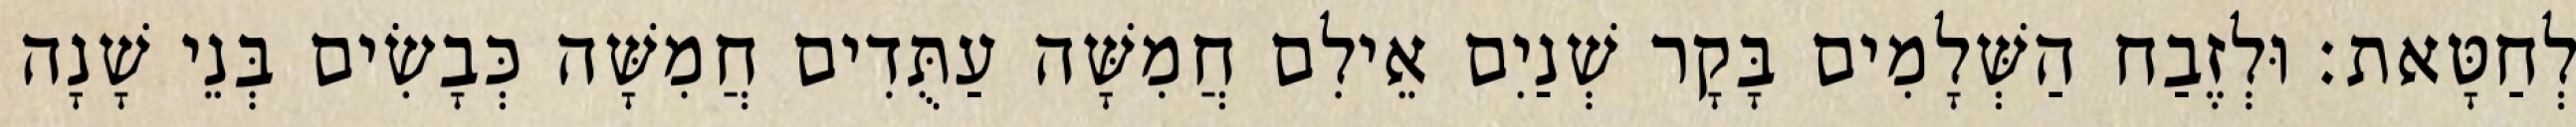
לְחַטָּאת׃ וּלְזֶבַח הַשְּׁלָמִים בָּקָר שְׁנַיִם אֵילִם חֲמִשָּׁה עַתֻּדִים חֲמִשָּׁה כְּבָשִׂים בְּנֵי שָׁנָה